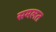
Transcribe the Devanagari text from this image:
समलत